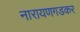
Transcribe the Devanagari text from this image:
नारायणगडकर